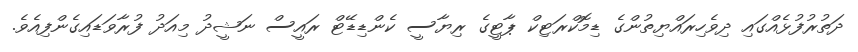
ދަތުރުފުޅެއްގައި ދިވެހިރައްޔިތުންގެ ޑިމޮކްރަޓިކް ޕާޓީގެ ރިޔާސީ ކެންޑިޑޭޓް ރައީސް ނަޝީދު މިއަދު ފުރާވަޑައިގެންފިއެވެ.